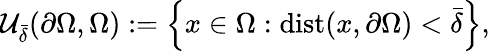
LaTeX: \begin{array}{r}{\mathcal U_{\bar{\delta}}(\partial\Omega,\Omega):=\left\lbrace x\in\Omega:\operatorname{dist}(x,\partial\Omega)<\bar{\delta}\right\rbrace,}\end{array}